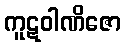
ကူဋဝါဏိဇော